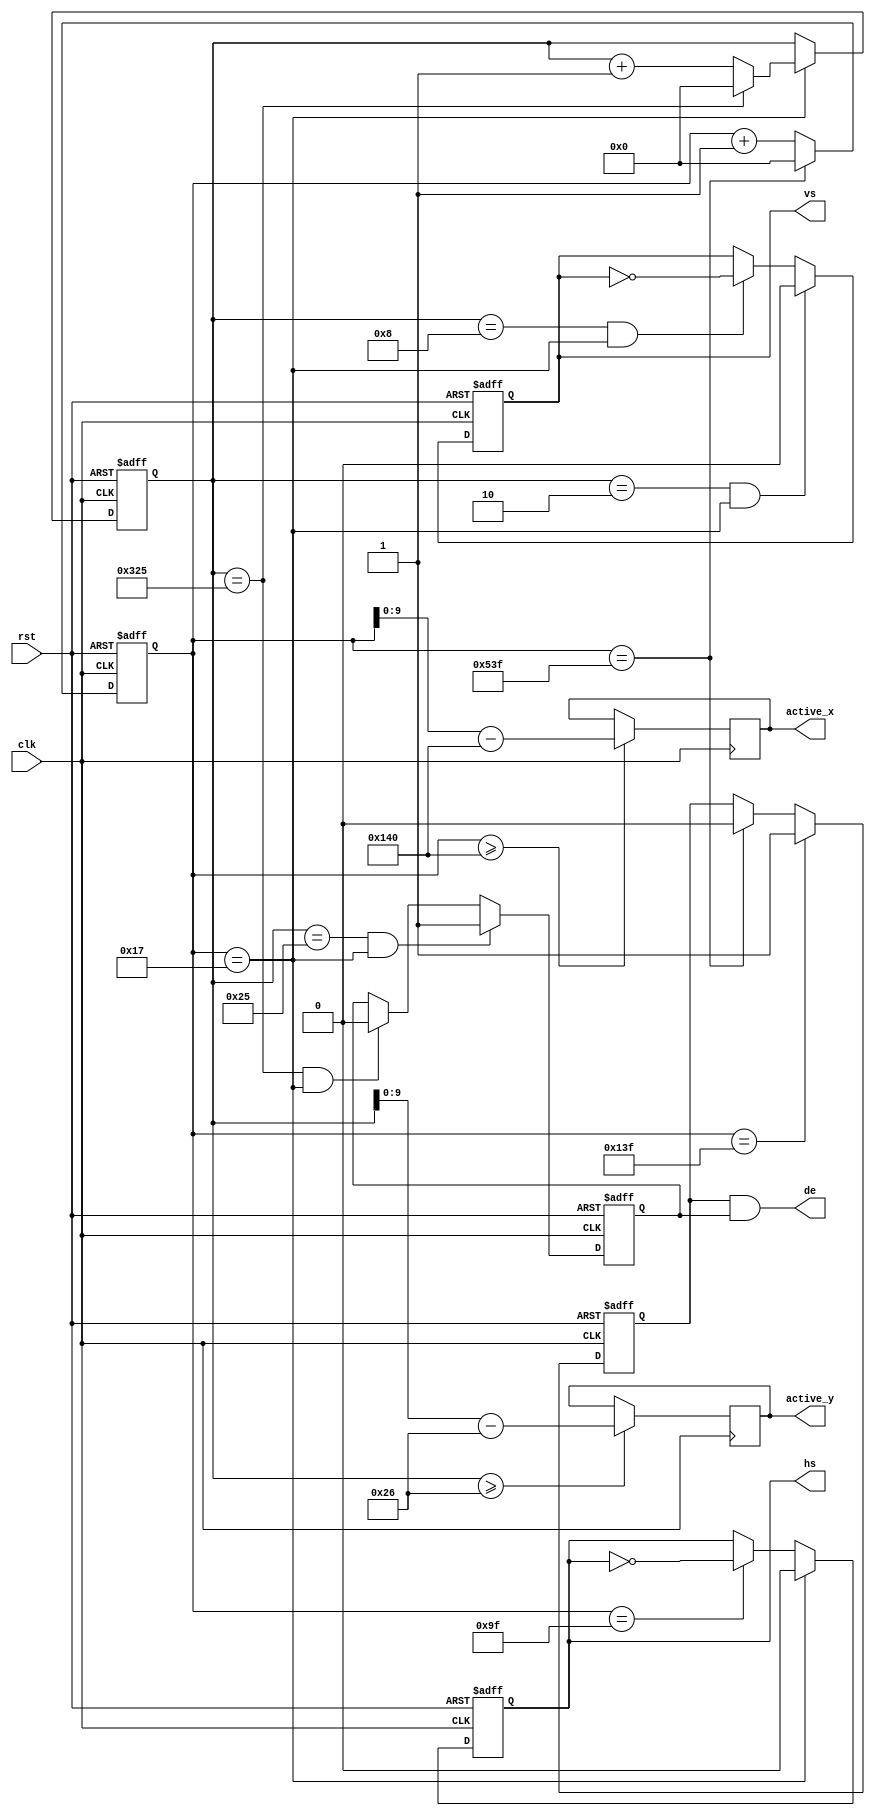
module vga_timing(
	input                 clk,           //pixel clock
	input                 rst,           //reset signal high active
	output                hs,            //horizontal synchronization
	output                vs,            //vertical synchronization
	output                de,            //video valid

	output reg [9:0] active_x,              //video x position 
	output reg [9:0] active_y             //video y position 
	
	);


//VIDEO_1024 768
parameter H_ACTIVE = 16'd1024;
parameter H_FP = 16'd24;      
parameter H_SYNC = 16'd136;   
parameter H_BP = 16'd160;     
parameter V_ACTIVE = 16'd768; 
parameter V_FP  = 16'd3;      
parameter V_SYNC  = 16'd6;    
parameter V_BP  = 16'd29;     
parameter HS_POL = 1'b0;
parameter VS_POL = 1'b0;


parameter H_TOTAL = H_ACTIVE + H_FP + H_SYNC + H_BP;//horizontal total time (pixels)
parameter V_TOTAL = V_ACTIVE + V_FP + V_SYNC + V_BP;//vertical total time (lines)


reg hs_reg;                      //horizontal sync register
reg vs_reg;                      //vertical sync register
reg[11:0] h_cnt;                 //horizontal counter
reg[11:0] v_cnt;                 //vertical counter

reg h_active;                    //horizontal video active
reg v_active;                    //vertical video active
assign hs = hs_reg;
assign vs = vs_reg;
assign de = h_active & v_active;


//
always@(posedge clk or posedge rst)
begin
	if(rst == 1'b1)
		h_cnt <= 12'd0;
	else if(h_cnt == H_TOTAL - 1)//horizontal counter maximum value
		h_cnt <= 12'd0;
	else
		h_cnt <= h_cnt + 12'd1;
end
//
always@(posedge clk)
begin
	if(h_cnt >= H_FP + H_SYNC + H_BP)//horizontal video active
		active_x <= h_cnt - (H_FP[11:0] + H_SYNC[11:0] + H_BP[11:0]);
	else
		active_x <= active_x;
end
always@(posedge clk)
begin	
	if(v_cnt >= V_FP + V_SYNC + V_BP)//horizontal video active
		active_y <= v_cnt - (V_FP[11:0] + V_SYNC[11:0] + V_BP[11:0]);
	else
		active_y <= active_y;
end
//
always@(posedge clk or posedge rst)
begin
	if(rst == 1'b1)
		v_cnt <= 12'd0;
	else if(h_cnt == H_FP  - 1)//horizontal sync time
		if(v_cnt == V_TOTAL - 1)//vertical counter maximum value
			v_cnt <= 12'd0;
		else
			v_cnt <= v_cnt + 12'd1;
	else
		v_cnt <= v_cnt;
end
//HS
always@(posedge clk or posedge rst)
begin
	if(rst == 1'b1)
		hs_reg <= 1'b0;
	else if(h_cnt == H_FP - 1)//horizontal sync begin
		hs_reg <= HS_POL;
	else if(h_cnt == H_FP + H_SYNC - 1)//horizontal sync end
		hs_reg <= ~hs_reg;
	else
		hs_reg <= hs_reg;
end
//
always@(posedge clk or posedge rst)
begin
	if(rst == 1'b1)
		h_active <= 1'b0;
	else if(h_cnt == H_FP + H_SYNC + H_BP - 1)//horizontal active begin
		h_active <= 1'b1;
	else if(h_cnt == H_TOTAL - 1)//horizontal active end
		h_active <= 1'b0;
	else
		h_active <= h_active;
end
//VS
always@(posedge clk or posedge rst)
begin
	if(rst == 1'b1)
		vs_reg <= 1'd0;
	else if((v_cnt == V_FP - 1) && (h_cnt == H_FP - 1))//vertical sync begin
		vs_reg <= HS_POL;
	else if((v_cnt == V_FP + V_SYNC - 1) && (h_cnt == H_FP - 1))//vertical sync end
		vs_reg <= ~vs_reg;  
	else
		vs_reg <= vs_reg;
end
//
always@(posedge clk or posedge rst)
begin
	if(rst == 1'b1)
		v_active <= 1'd0;
	else if((v_cnt == V_FP + V_SYNC + V_BP - 1) && (h_cnt == H_FP - 1))//vertical active begin
		v_active <= 1'b1;
	else if((v_cnt == V_TOTAL - 1) && (h_cnt == H_FP - 1)) //vertical active end
		v_active <= 1'b0;   
	else
		v_active <= v_active;
end


endmodule